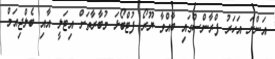
އަންނަ އަހަރު ފްރާންސްގައި ބާއްވާ ޔޫރޯ ފުޓްބޯޅަ މުބާރާތަށް އިޓަލީ އާއި ބެލްޖިއަމް